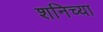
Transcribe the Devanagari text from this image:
शनिच्या